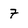
Character: 7